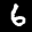
Label: 6